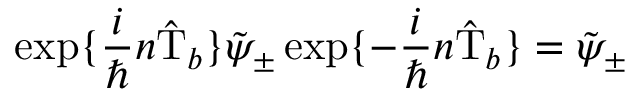
\exp \{ \frac { i } { \hbar } n \hat { \mathrm { T } } _ { b } \} \tilde { \psi } _ { \pm } \exp \{ - \frac { i } { \hbar } n \hat { \mathrm { T } } _ { b } \} = \tilde { \psi } _ { \pm }